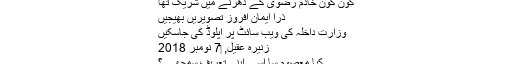
کون کون خادِم رِضوی کے دھرنے میں شریک تھا
ذرا اِیمان افروز تصویریں بھیجیں
وزارتِ داخلہ کی ویب سائٹ پر اپلوڈ کی جاسکیں​
زنیرہ عقیل, ‏7 نومبر 2018
کیا معصوم سا اسے اپنی تعریف سمجھے ؟